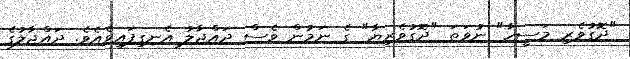
"ދޮގުވެރި މަސީހާ" ނުވަތަ "ދޮގުވެރިޔާ" ގެ ނަމުން ވެސް ދައްޖާލު އެނގިފައިވެއެވެ. ދައްޖާލުގެ